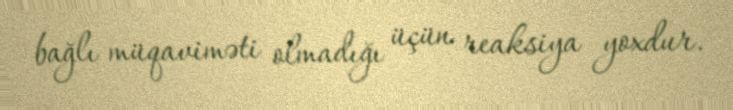
bağlı müqaviməti olmadığı üçün reaksiya yoxdur.